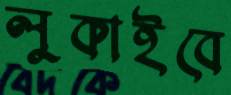
লুকাইবে